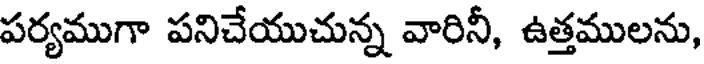
పర్యముగా పనిచేయుచున్న వారినీ, ఉత్తములను,